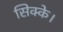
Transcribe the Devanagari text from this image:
सिक्के।